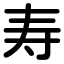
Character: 寿